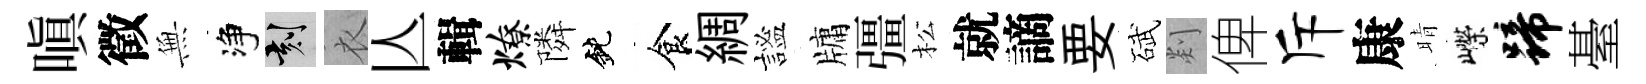
嗔徵𭴾净刻衣亾輯燎隣鈍食綢謐牗彊松就謫要碔剡俾斥康晴嶸蹄䑓